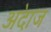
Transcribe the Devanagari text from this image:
अ॓दाज